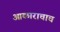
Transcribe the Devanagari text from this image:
आकाराचाच